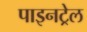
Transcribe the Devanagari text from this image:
पाइनट्रेल